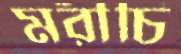
মরীচি